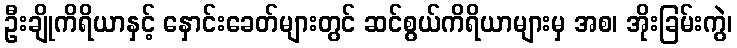
ဦးချိုကိရိယာနှင့် နှောင်းခေတ်များတွင် ဆင်စွယ်ကိရိယာများမှ အစ၊ အိုးခြမ်းကွဲ၊